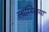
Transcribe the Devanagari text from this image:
लाम्ब्लिया